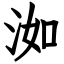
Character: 洳